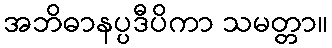
အဘိဓာနပ္ပဒီပိကာ သမတ္တာ။